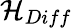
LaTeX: {\mathcal{H}}_{Diff}